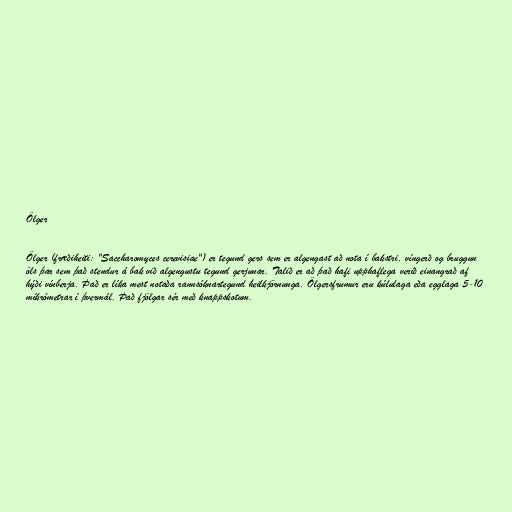
Ölger

Ölger (fræðiheiti: "Saccharomyces cerevisiae") er tegund gers sem er algengast að nota í bakstri, víngerð og bruggun
öls þar sem það stendur á bak við algengustu tegund gerjunar. Talið er að það hafi upphaflega verið einangrað af
hýði vínberja. Það er líka mest notaða rannsóknartegund heilkjörnunga. Ölgersfrumur eru kúlulaga eða egglaga 5-10
míkrómetrar í þvermál. Það fjölgar sér með knappskotum.